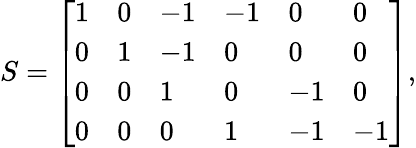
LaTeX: S=\left[\begin{array}{llllll}{1}&{0}&{-1}&{-1}&{0}&{0}\\ {0}&{1}&{-1}&{0}&{0}&{0}\\ {0}&{0}&{1}&{0}&{-1}&{0}\\ {0}&{0}&{0}&{1}&{-1}&{-1}\end{array}\right],